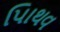
પાિથવ